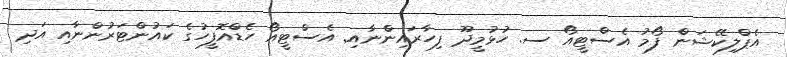
އެޕްލިކޭޝަން ފޯމު އެސްޓީއޯ ސ. ހުޅުމީދޫ ފިހާރައިންނާއި